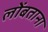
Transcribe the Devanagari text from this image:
लोंबताना